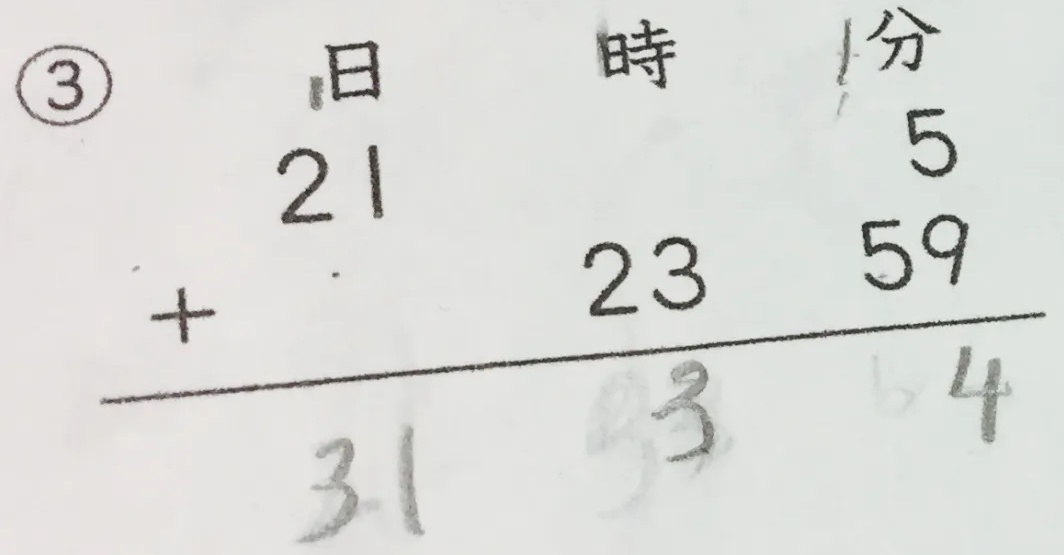
\textcircled{3}
\begin{tabular}{r r r}
日 & 时 & 分 \\
21 & 5 & \\
+ & 23 & 59 \\
\hline
31 & 3 & 4
\end{tabular}